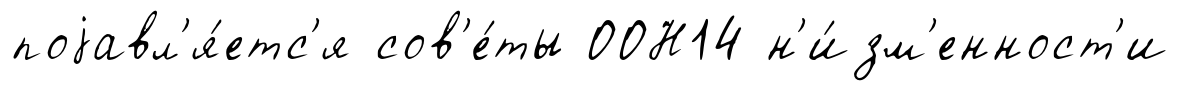
поjавл'я́етс'я сов'е́ты ООН14 н'и́зм'енност'и